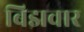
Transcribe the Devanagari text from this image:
बिझवार